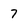
Character: 7